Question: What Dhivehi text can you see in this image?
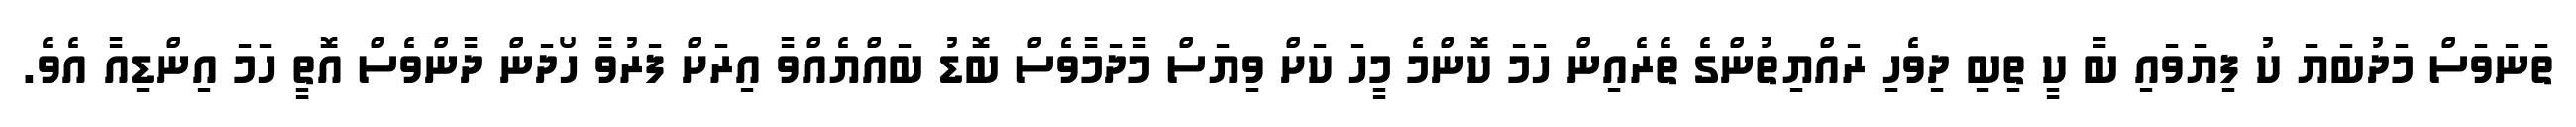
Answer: ތަނަވަސް މަދުބަޔަ ކު ފިޔަވައި ބާ ކީ ތިބި ދިވެހި ރައްޔިތުންގެ ތެރެއިން ހަމަ ކޮންމެ މީހަ ކަށް ވިޔަސް މާދަމާވެސް ބޮޑު ބައްޔެއްވާ އިރަށް ފަރުވާ ހޯދަން ދާންވެސް އޮތީ ހަމަ އިންޑިއާ އެވެ.